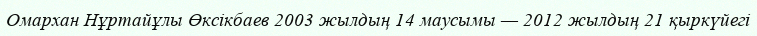
Омархан Нұртайұлы Өксікбаев 2003 жылдың 14 маусымы — 2012 жылдың 21 қыркүйегі